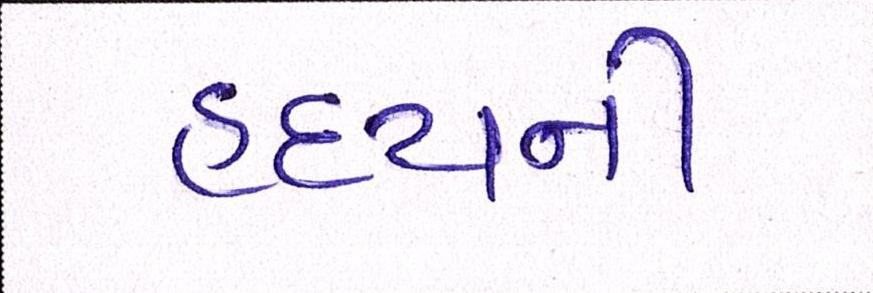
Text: હૃદયની